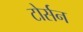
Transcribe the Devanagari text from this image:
टोर्सन